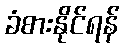
ခံစားနိုင်ရန်